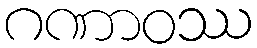
ဂဏာဝဿ